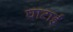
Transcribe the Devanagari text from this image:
घाटाई